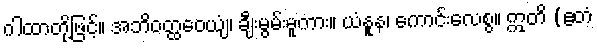
ဂါထာတို့ဖြင့်။ အဘိဝတ္ထဝေယျံ၊ ချီးမွမ်းမူကား။ ယံနူန၊ ကောင်းလေစွ။ ဣတိ (ဧတံ